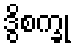
ဒွိစက္ခု